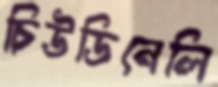
চিউডিনেলি